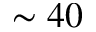
\sim 4 0